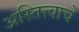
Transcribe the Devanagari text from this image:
अस्तित्त्वाचे